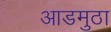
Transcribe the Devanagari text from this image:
आडमुठा